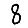
Digit: 8